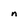
Character: n